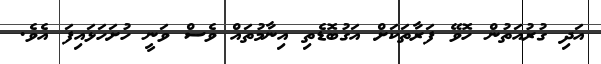
އަދި ގުރުއަތުން ހޮވޭ ފަރާތަކަށް އަގުބޮޑެތި އިނާމުތައް ވެސް ވަނީ ހުށަހަޅައިފަ އެވެ.